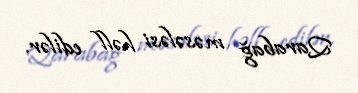
Qarabağ məsələsi həll edilər.